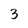
Character: 3